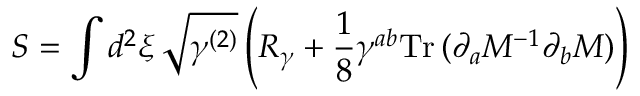
S = \int d ^ { 2 } \xi \, \sqrt { \gamma ^ { ( 2 ) } } \left( R _ { \gamma } + { \frac { 1 } { 8 } } \gamma ^ { a b } \mathrm { T r } \, ( \partial _ { a } M ^ { - 1 } \partial _ { b } M ) \right)